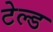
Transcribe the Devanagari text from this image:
टेल्ड